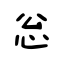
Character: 忩